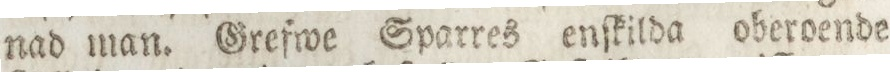
nad man. Grefwe Sparres enſkilda oberoende